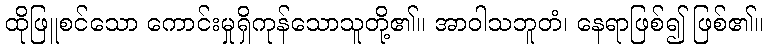
ထိုဖြူစင်သော ကောင်းမှုရှိကုန်သောသူတို့၏။ အာဝါသဘူတံ၊ နေရာဖြစ်၍ ဖြစ်၏။